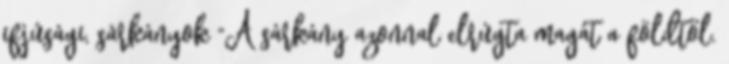
ifjúsági, sárkányok "A sárkány azonnal elrúgta magát a földtől.